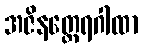
အဇိနတ္ထေရဂါထာ